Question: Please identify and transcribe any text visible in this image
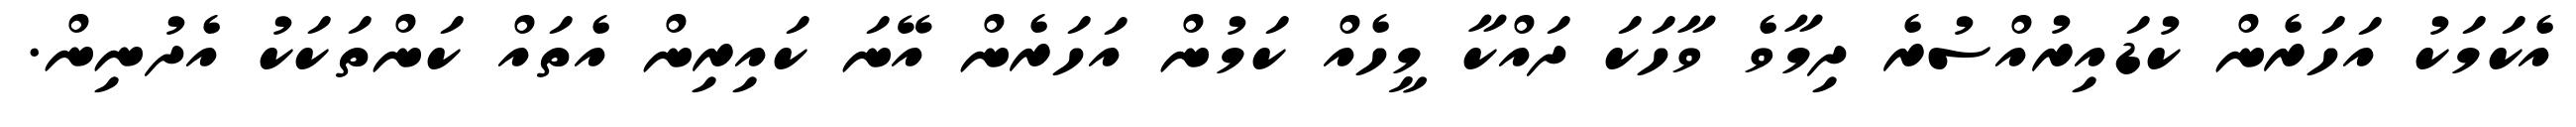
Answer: އެކަމަކު އަހަރެން ކުޑައިރުއްސުރެ ދިމާވެ ވާހަކަ ދައްކާ މީހެއް ކަމުން އަހަރެން އޭނަ ކައިރިން އެތައް ކަންތަކަކު އެދުނިން.